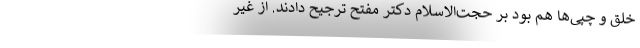
خلق و چپی‌ها هم بود بر حجت‌الاسلام دکتر مفتح ترجیح دادند. از غیر